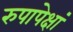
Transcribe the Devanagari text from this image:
रुपापेक्षां